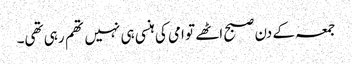
جمعہ کے دن صبح اٹھے تو امی کی ہنسی ہی نہیں تھم رہی تھی۔